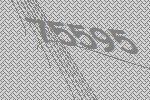
75595